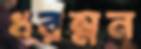
ধরম্নন